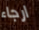
ارجاء